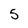
Character: 5